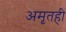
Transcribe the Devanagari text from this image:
अमृतही